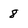
Character: 8